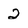
Character: 2